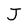
Character: J